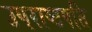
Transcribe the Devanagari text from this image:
उपराष्टपति